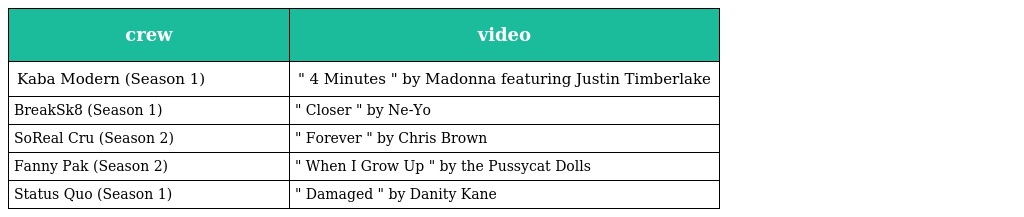
| crew | video |
 | --- | --- |
 | Kaba Modern (Season 1) | " 4 Minutes " by Madonna featuring Justin Timberlake |
 | BreakSk8 (Season 1) | " Closer " by Ne-Yo |
 | SoReal Cru (Season 2) | " Forever " by Chris Brown |
 | Fanny Pak (Season 2) | " When I Grow Up " by the Pussycat Dolls |
 | Status Quo (Season 1) | " Damaged " by Danity Kane |